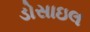
ડોસાઇલ